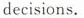
decisions.